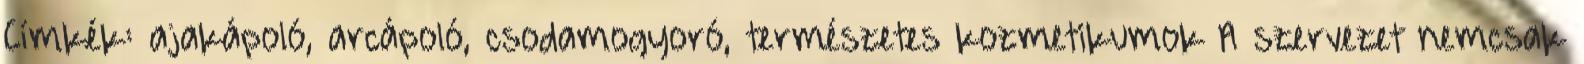
Címkék: ajakápoló, arcápoló, csodamogyoró, természetes kozmetikumok A szervezet nemcsak